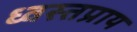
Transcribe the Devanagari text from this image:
ध्वस्तप्राय